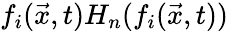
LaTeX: f_{i}(\vec{x},t)H_{n}(f_{i}(\vec{x},t))